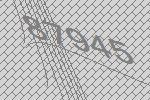
87945